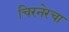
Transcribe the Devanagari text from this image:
चिरनेरचा